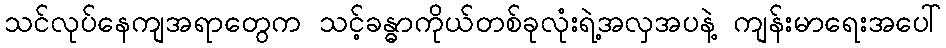
သင်လုပ်နေကျအရာတွေက သင့်ခန္ဓာကိုယ်တစ်ခုလုံးရဲ့အလှအပနဲ့ ကျန်းမာရေးအပေါ်